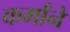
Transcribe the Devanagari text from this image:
कर्मांनें